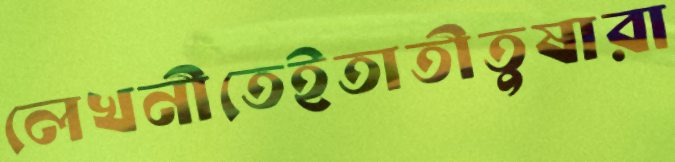
লেখনীতেইতাতীতুষারা